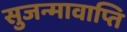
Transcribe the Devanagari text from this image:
सुजन्मावाप्ति